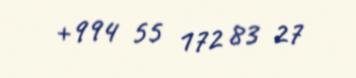
+994 55 172 83 27